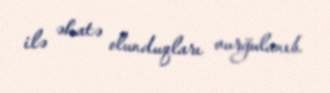
ilə əhatə olunduqları vurğulanıb.